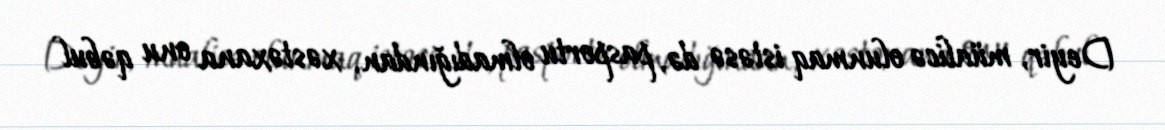
Deyir, müalicə olunmaq istəsə də, pasportu olmadığından, xəstəxana onu qəbul